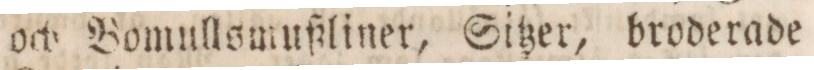
och Bomullsmußliner, Sitzer, broderade